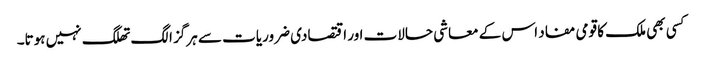
کسی بھی ملک کا قومی مفاد اس کے معاشی حالات اور اقتصادی ضروریات سے ہرگز الگ تھلگ نہیں ہوتا۔